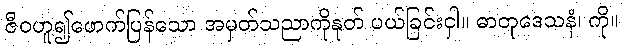
ဇီဝဟူ၍ဖောက်ပြန်သော အမှတ်သညာကိုနုတ် ပယ်ခြင်းငှါ။ ဓာတုဒေသနံ၊ ကို။